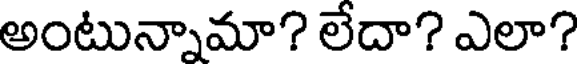
అంటున్నామా? లేదా? ఎలా?